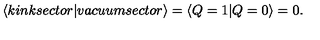
\left< k i n k s e c t o r | v a c u u m s e c t o r \right> = \left< Q = 1 | Q = 0 \right> = 0 .